Report of the Imperial Institute of Veterinary Research, Muktesar
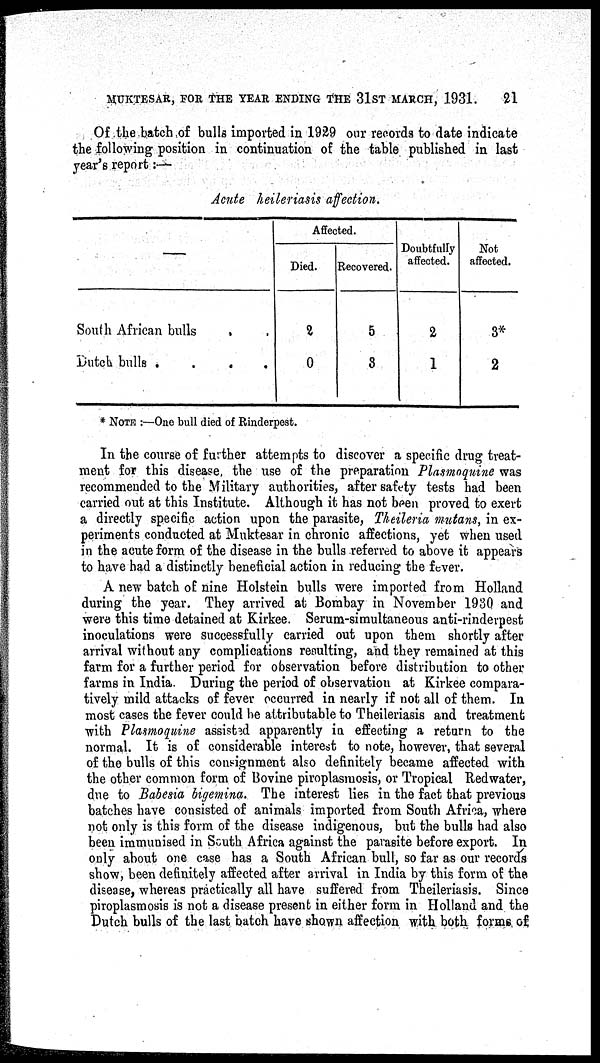
MUKTESAR, FOR THE YEAR ENDING THE 31ST MARCH, 1931.
21
Of the batch of bulls imported in 1929 our records to date indicate
the following position in continuation of the table published in last
year's report :-
Acute heileriasis affection.
South African bulls ..
Dutch bulls
....
Affected.
Died.
2
0
Recovered.
5
3
Doubtfully
affected.
2
1
Not
affected.
3*
2
* NOTE :—One bull died of Rinderpest.
In the course of further attempts to discover a specific drug treat-
ment for this disease, the use of the preparation Plasmoquine was
recommended to the Military authorities, after safety tests had been
carried out at this Institute. Although it has not been proved to exert
a directly specific action upon the parasite, Theileria mutans, in ex-
periments conducted at Muktesar in chronic affections, yet when used
in the acute form of the disease in the bulls referred to above it appears
to have had a distinctly beneficial action in reducing the fever.
A new batch of nine Holstein bulls were imported from Holland
during the year. They arrived at Bombay in November 1930 and
were this time detained at Kirkee. Serum-simultaneous anti-rinderpest
inoculations were successfully carried out upon them shortly after
arrival without any complications resulting, and they remained at this
farm for a further period for observation before distribution to other
farms in India. During the period of observation at Kirkee compara-
tively mild attacks of fever occurred in nearly if not all of them. In
most cases the fever could be attributable to Theileriasis and treatment
with Plasmoquine assisted apparently in effecting a return to the
normal. It is of considerable interest to note, however, that several
of the bulls of this consignment also definitely became affected with
the other common form of Bovine piroplasmosis, or Tropical Redwater,
due to Babesia bigemina. The interest lies in the fact that previous
batches have consisted of animals imported from South Africa, where
not only is this form of the disease indigenous, but the bulls had also
been immunised in South Africa against the parasite before export. In
only about one case has a South African bull, so far as our records
show, been definitely affected after arrival in India by this form of the
disease, whereas practically all have suffered from Theileriasis. Since
piroplasmosis is not a disease present in either form in Holland and the
Dutch bulls of the last batch have shown affection with both forms of